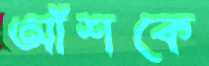
আঁশকে